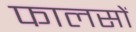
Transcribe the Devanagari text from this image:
फालसों